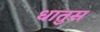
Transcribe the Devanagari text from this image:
धातुस